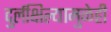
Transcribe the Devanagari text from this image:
दुर्लक्षिल्यामुळेही